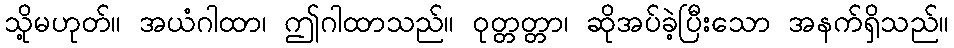
သို့မဟုတ်။ အယံဂါထာ၊ ဤဂါထာသည်။ ဝုတ္တတ္တာ၊ ဆိုအပ်ခဲ့ပြီးသော အနက်ရှိသည်။